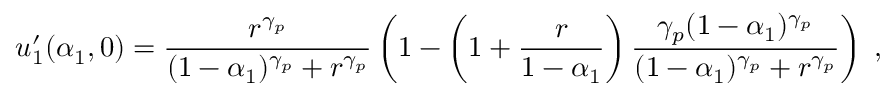
u _ { 1 } ^ { \prime } ( \alpha _ { 1 } , 0 ) = \frac { r ^ { \gamma _ { p } } } { ( 1 - \alpha _ { 1 } ) ^ { \gamma _ { p } } + r ^ { \gamma _ { p } } } \left( 1 - \left( 1 + \frac { r } { 1 - \alpha _ { 1 } } \right) \frac { \gamma _ { p } ( 1 - \alpha _ { 1 } ) ^ { \gamma _ { p } } } { ( 1 - \alpha _ { 1 } ) ^ { \gamma _ { p } } + r ^ { \gamma _ { p } } } \right) \; ,